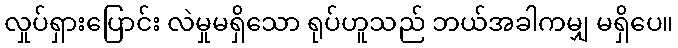
လှုပ်ရှားပြောင်း လဲမှုမရှိသော ရုပ်ဟူသည် ဘယ်အခါကမျှ မရှိပေ။